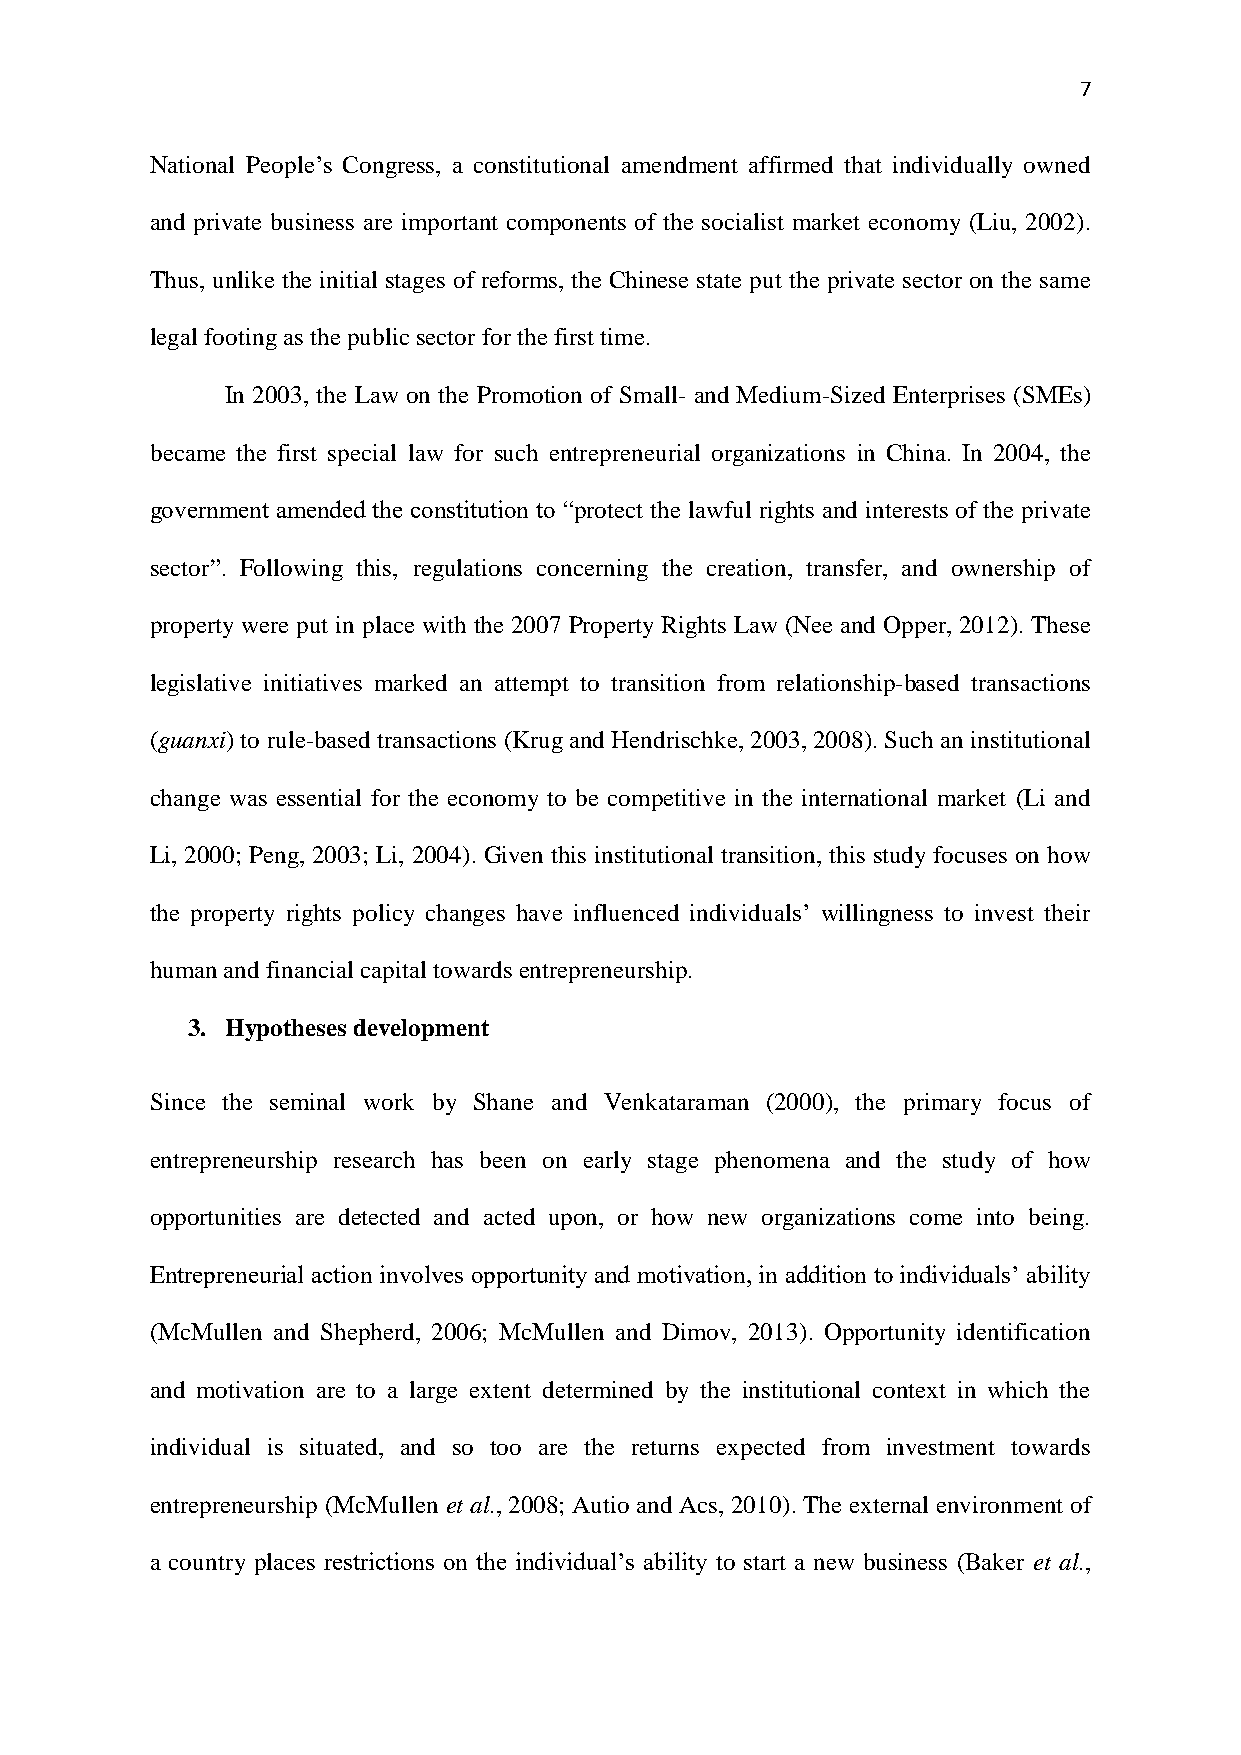
7
 National People’s Congress, a constitutional amendment affirmed that individually owned
 and private business are important components of the socialist market economy (Liu, 2002).
 Thus, unlike the initial stages of reforms, the Chinese state put the private sector on the same
 legal footing as the public sector for the first time.
 In 2003, the Law on the Promotion of Small- and Medium-Sized Enterprises (SMEs)
 became the first special law for such entrepreneurial organizations in China. In 2004, the
 government amended the constitution to “protect the lawful rights and interests of the private
 sector”. Following this, regulations concerning the creation, transfer, and ownership of
 property were put in place with the 2007 Property Rights Law (Nee and Opper, 2012). These
 legislative initiatives marked an attempt to transition from relationship-based transactions
 (guanxi) to rule-based transactions (Krug and Hendrischke, 2003, 2008). Such an institutional
 change was essential for the economy to be competitive in the international market (Li and
 Li, 2000; Peng, 2003; Li, 2004). Given this institutional transition, this study focuses on how
 the property rights policy changes have influenced individuals’ willingness to invest their
 human and financial capital towards entrepreneurship.
 3. Hypotheses development
 Since the seminal work by Shane and Venkataraman (2000), the primary focus of
 entrepreneurship research has been on early stage phenomena and the study of how
 opportunities are detected and acted upon, or how new organizations come into being.
 Entrepreneurial action involves opportunity and motivation, in addition to individuals’ ability
 (McMullen and Shepherd, 2006; McMullen and Dimov, 2013). Opportunity identification
 and motivation are to a large extent determined by the institutional context in which the
 individual is situated, and so too are the returns expected from investment towards
 entrepreneurship (McMullen et al., 2008; Autio and Acs, 2010). The external environment of
 a country places restrictions on the individual’s ability to start a new business (Baker et al.,